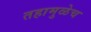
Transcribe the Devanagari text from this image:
तहामुळेच